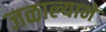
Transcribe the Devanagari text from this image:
जळाल्यानें